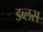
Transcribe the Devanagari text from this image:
डब्लस